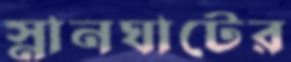
স্নানঘাটের